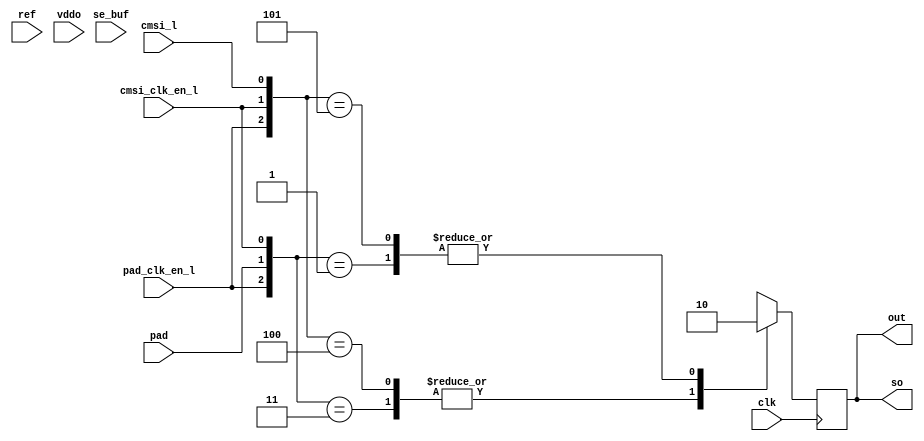
// ========== Copyright Header Begin ==========================================
// 
// OpenSPARC T1 Processor File: bw_io_dtlhstl_rcv.v
// Copyright (c) 2006 Sun Microsystems, Inc.  All Rights Reserved.
// DO NOT ALTER OR REMOVE COPYRIGHT NOTICES.
// 
// The above named program is free software; you can redistribute it and/or
// modify it under the terms of the GNU General Public
// License version 2 as published by the Free Software Foundation.
// 
// The above named program is distributed in the hope that it will be 
// useful, but WITHOUT ANY WARRANTY; without even the implied warranty of
// MERCHANTABILITY or FITNESS FOR A PARTICULAR PURPOSE.  See the GNU
// General Public License for more details.
// 
// You should have received a copy of the GNU General Public
// License along with this work; if not, write to the Free Software
// Foundation, Inc., 51 Franklin St, Fifth Floor, Boston, MA 02110-1301, USA.
// 
// ========== Copyright Header End ============================================
// _____________________________________________________________________________
//
// bw_io_dtlhstl_rcv -- DTL/HSTL Receiver sense amp with thick oxide.
// _____________________________________________________________________________


module bw_io_dtlhstl_rcv (/*AUTOARG*/
  // Outputs
  out, so, 
  // Inputs
  pad, ref, clk, pad_clk_en_l, cmsi_clk_en_l, cmsi_l, se_buf, vddo
  );

  input		pad;
  input 	ref;
  input		clk;
  input		pad_clk_en_l;
  input		cmsi_clk_en_l;
  input		cmsi_l;
  input		se_buf;
  input		vddo;

  output	out;
  output	so;


  assign so = out;
  wire net0281 = se_buf; // dummy tie off

  reg out;
  always @(posedge clk) begin
    casex ({ pad_clk_en_l, pad, cmsi_clk_en_l, cmsi_l })
      4'b001x: out <= 1'b0;
      4'b011x: out <= 1'b1;
      4'b1x00: out <= 1'b1;
      4'b1x01: out <= 1'b0;
      default: out <= 1'bx;
      endcase
    end


  endmodule


// Local Variables:
// verilog-auto-sense-defines-constant:t
// End: